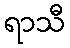
ရာသီ